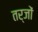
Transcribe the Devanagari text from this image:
तर्जों